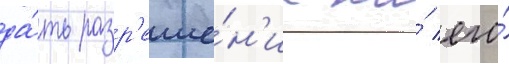
да́ть разр'еше́н'ие на́ его́